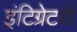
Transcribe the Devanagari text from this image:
इंटिग्रेटरों